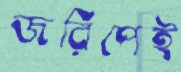
জরিপেই